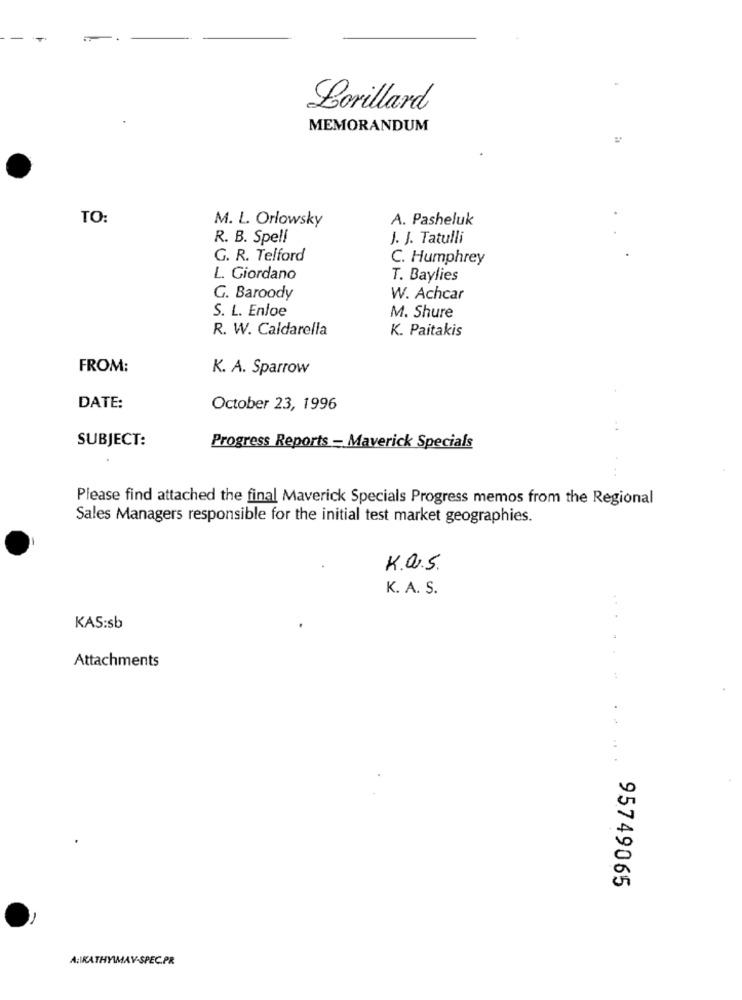
Lorillard
MEMORANDUM
TO:
M. L. Orlowsky
A. Pasheluk
R. B. Spell
J. J. Tatulli
G. R. Telford
C. Humphrey
L. Giordano
T. Baylies
G. Baroody
W. Achcar
S. L. Enloe
M. Shure
R. W. Caldarella
K. Paitakis
FROM:
K. A. Sparrow
DATE:
October 23, 1996
SUBJECT:
Progress Reports = Maverick Specials
Please find attached the final Maverick Specials Progress memos from the Regional
Sales Managers responsible for the initial test market geographies.
K.a.S.
K. A. S.
KAS:sb
Attachments
£
95749065
A:IKATHYWAY-SPEC.PR